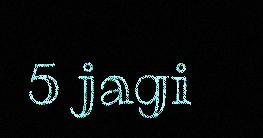
5 jagi